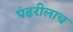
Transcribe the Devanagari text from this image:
पंढरीलाच